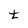
Character: t